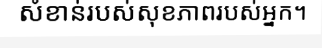
សំខាន់របស់សុខភាពរបស់អ្នក។